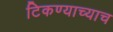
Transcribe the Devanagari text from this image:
टिकण्याच्याच